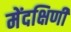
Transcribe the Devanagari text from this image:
मेंदक्षिणी